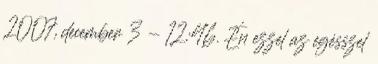
2007, december 3 - 12:46. Én ezzel az egésszel